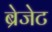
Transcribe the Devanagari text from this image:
ब्रेजेट